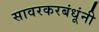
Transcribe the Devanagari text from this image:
सावरकरबंधूंनी